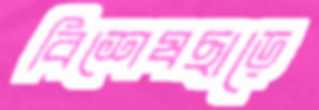
বিশেষছাড়ে